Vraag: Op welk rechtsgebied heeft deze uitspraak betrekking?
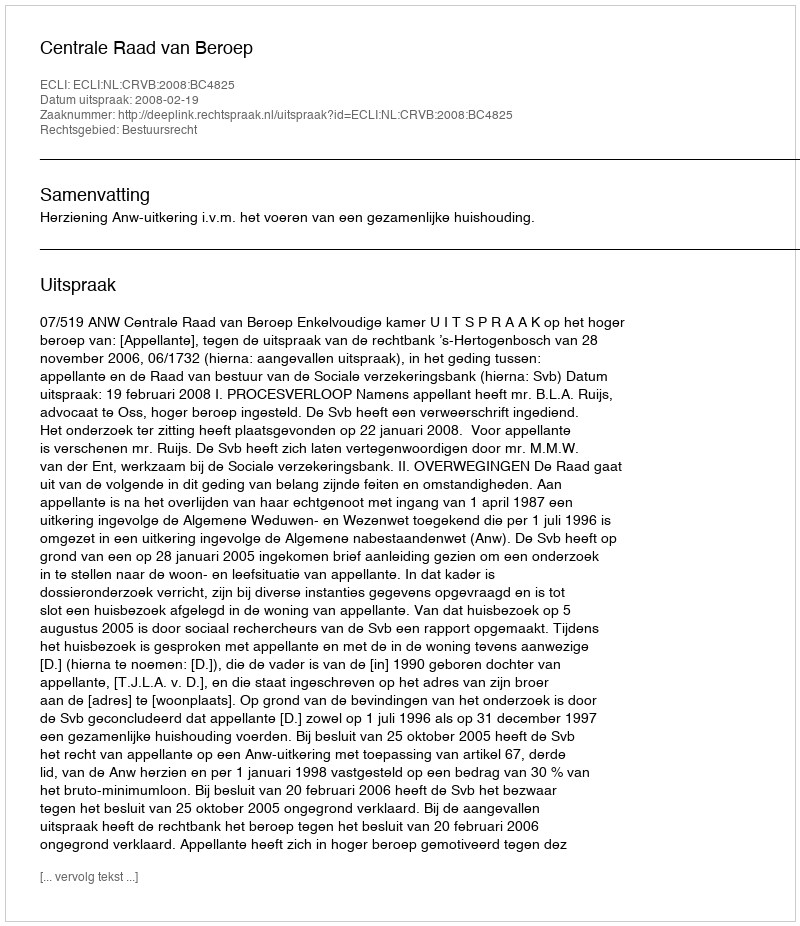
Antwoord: Bestuursrecht